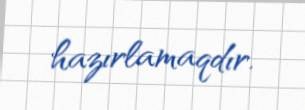
hazırlamaqdır.